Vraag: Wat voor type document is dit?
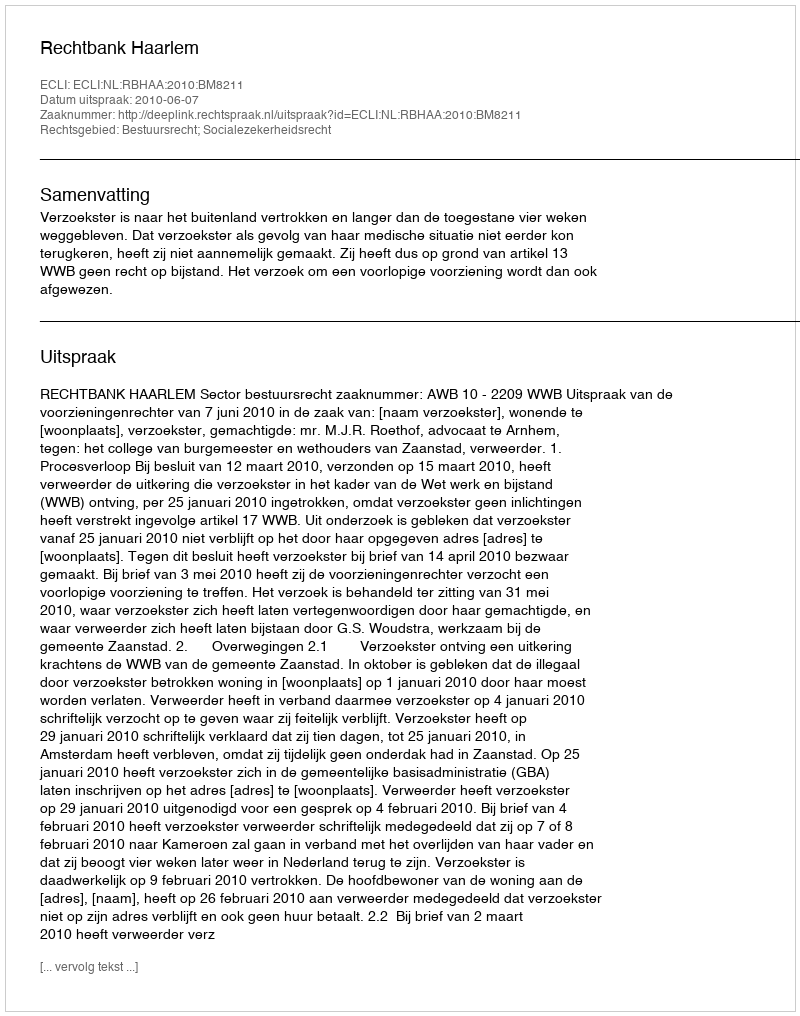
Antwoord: Uitspraak